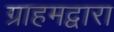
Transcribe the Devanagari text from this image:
ग्राहमद्वारा